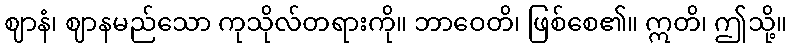
ဈာနံ၊ ဈာနမည်သော ကုသိုလ်တရားကို။ ဘာဝေတိ၊ ဖြစ်စေ၏။ ဣတိ၊ ဤသို့။